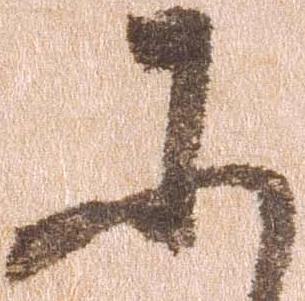
に